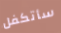
سأتكفل